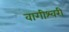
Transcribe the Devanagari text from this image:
वागीश्‍वरी